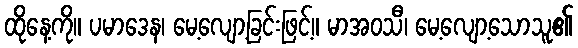
ထိုနေ့ကို။ ပမာဒေန၊ မေ့လျော့ခြင်းဖြင့်။ မာအဝသီ၊ မေ့လျော့သောသူ၏